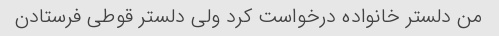
من دلستر خانواده درخواست کرد ولی دلستر قوطی فرستادن